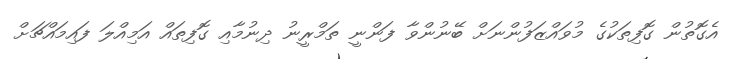
އެގޮތުން ގޮފިތަކުގެ މުވައްޒަފުންނަށް ބޭނުންވާ ފަންނީ ތަމްރީނު ދިނުމާއި ގޮފިތައް އަމިއްލަ ފައިމައްޗަށް